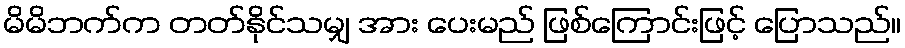
မိမိဘက်က တတ်နိုင်သမျှ အား ပေးမည် ဖြစ်ကြောင်းဖြင့် ပြောသည်။